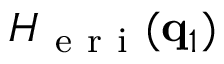
H _ { \mathrm { ~ e ~ r ~ i ~ } } ( \mathbf { q } _ { 1 } )